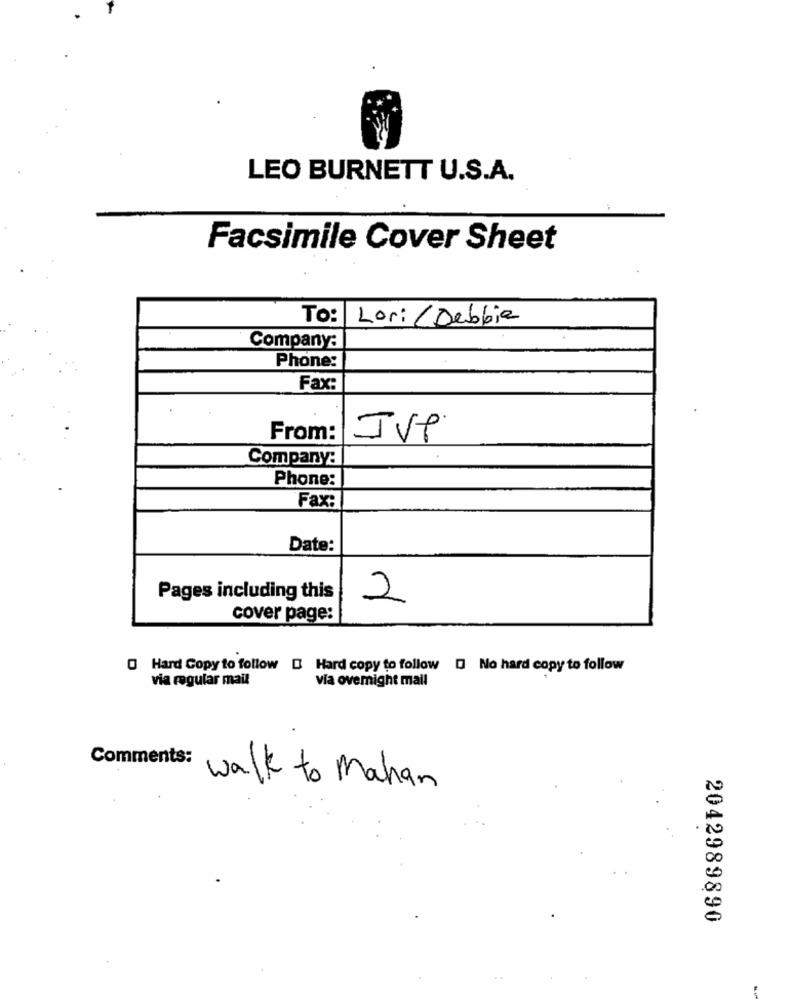
LEO BURNETT U.S.A.
Facsimile Cover Sheet
To:
Lori / Debbia
Company:
Phone:
Fax:
From:
JVP
Company:
Phone:
Fax:
Date:
Pages including this
2
cover page:
Hard Copy to follow [ Hard copy to follow [ No hard copy to follow
via regular mail
via overnight mail
Comments:
walk to Mahan
2042989890
..